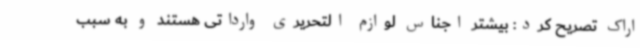
اراک تصریح کرد: بیشتر اجناس لوازم التحریری وارداتی هستند و به سبب